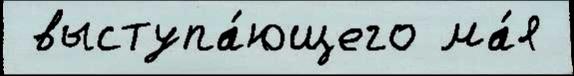
 выступа́ющего ма́я